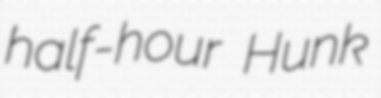
half-hour Hunk